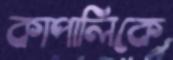
কাপালিকে